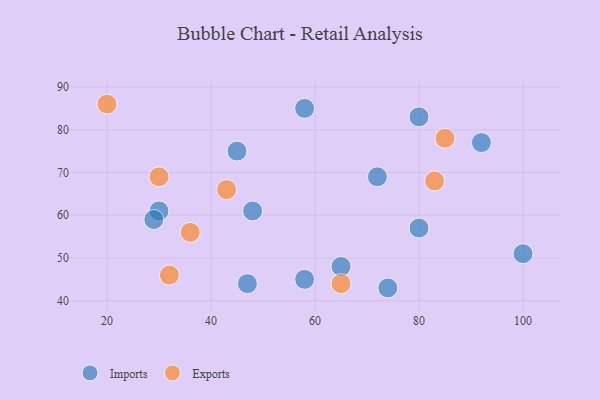
{"axis": {"x": "GDP", "y": "Life Expectancy"}, "legend": ["Exports", "Imports"], "data": [{"x": "72", "y": 69, "type": "Imports"}, {"x": "58", "y": 45, "type": "Imports"}, {"x": "45", "y": 75, "type": "Imports"}, {"x": "30", "y": 61, "type": "Imports"}, {"x": "74", "y": 43, "type": "Imports"}, {"x": "47", "y": 44, "type": "Imports"}, {"x": "29", "y": 59, "type": "Imports"}, {"x": "58", "y": 85, "type": "Imports"}, {"x": "65", "y": 48, "type": "Imports"}, {"x": "80", "y": 57, "type": "Imports"}, {"x": "100", "y": 51, "type": "Imports"}, {"x": "80", "y": 83, "type": "Imports"}, {"x": "92", "y": 77, "type": "Imports"}, {"x": "48", "y": 61, "type": "Imports"}, {"x": "30", "y": 69, "type": "Exports"}, {"x": "20", "y": 86, "type": "Exports"}, {"x": "65", "y": 44, "type": "Exports"}, {"x": "32", "y": 46, "type": "Exports"}, {"x": "85", "y": 78, "type": "Exports"}, {"x": "43", "y": 66, "type": "Exports"}, {"x": "83", "y": 68, "type": "Exports"}, {"x": "36", "y": 56, "type": "Exports"}]}